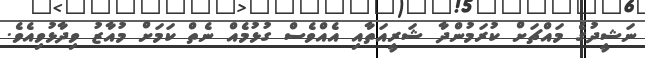
ނަޝީދުގެ މައްޗަށް ކުރަމުންދާ ޝަރީއަތާއި އެއްވެސް ގުޅުމެއް ނެތް ކަމަށް މުއާޒު ވިދާޅުވިއެވެ.